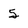
Character: 5